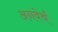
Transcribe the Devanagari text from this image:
अनवेर्थ